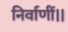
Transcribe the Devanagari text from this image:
निर्वाणीं।।